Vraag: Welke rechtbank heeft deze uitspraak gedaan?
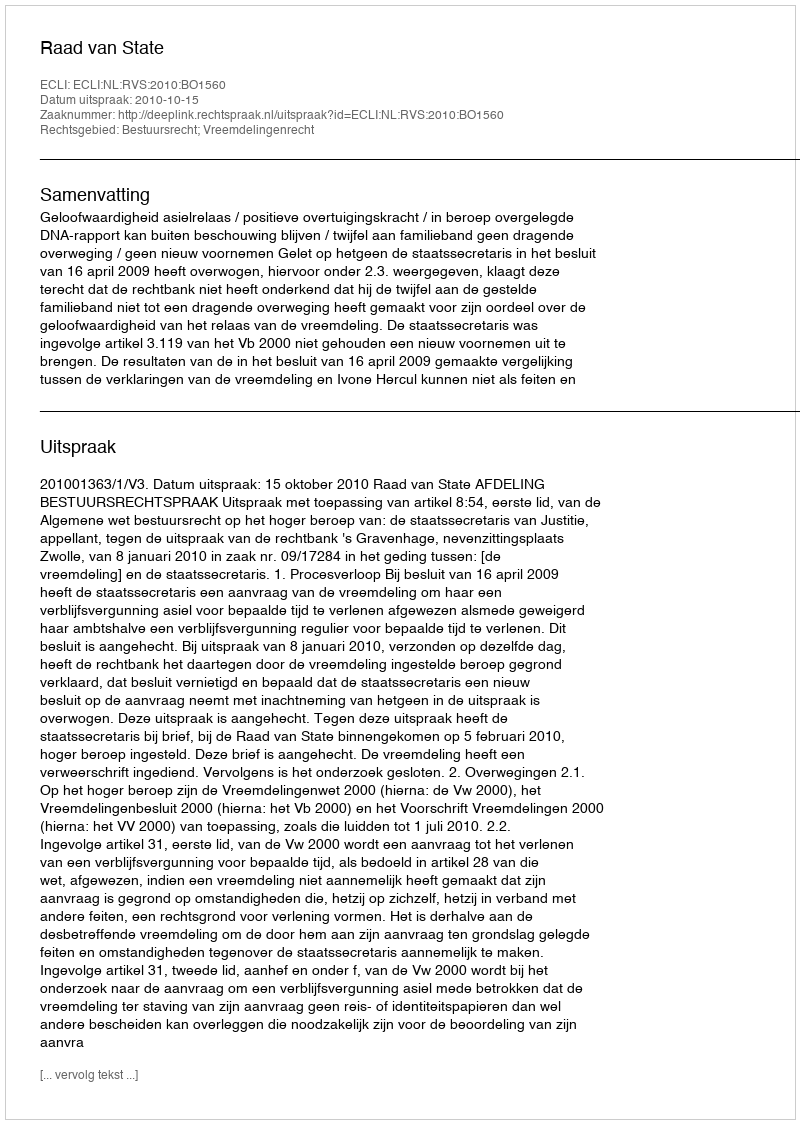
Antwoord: Raad van State